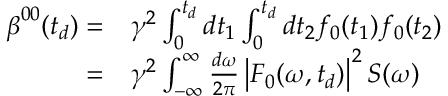
\begin{array} { r l } { \boldsymbol { \beta } ^ { 0 0 } ( t _ { d } ) = } & { { } \gamma ^ { 2 } \int _ { 0 } ^ { t _ { d } } d t _ { 1 } \int _ { 0 } ^ { t _ { d } } d t _ { 2 } f _ { 0 } ( t _ { 1 } ) f _ { 0 } ( t _ { 2 } ) } \\ { = } & { { } \gamma ^ { 2 } \int _ { \mathbb { - \infty } } ^ { \infty } \frac { d \omega } { 2 \pi } \left| F _ { 0 } ( \omega , t _ { d } ) \right| ^ { 2 } \boldsymbol { S } ( \omega ) } \end{array}